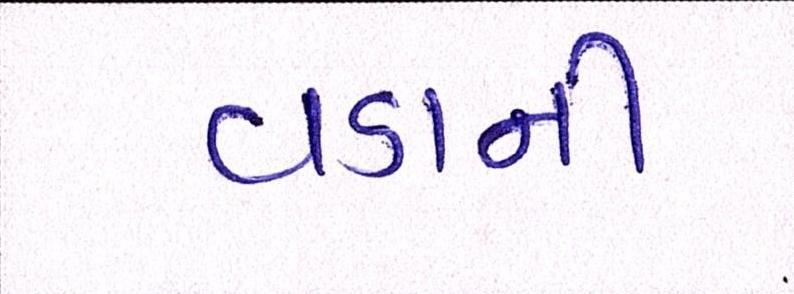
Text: વડાની